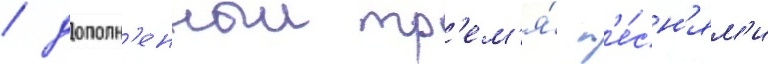
/ дополн'енныи тр'ем'я́ п'е́сн'ям'и